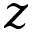
z